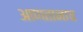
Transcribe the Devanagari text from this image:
आणतानाच